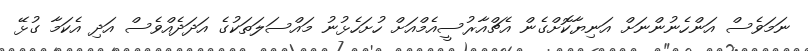
ނަމަވެސް އަންހެނުންނަށް އަނިޔާކޮށްގެން އެޗްއާރުސީއެމްއަށް ހުށަހެޅުނު މައްސަލަތަކުގެ އަދަދެއްވެސް އަދި އެކަމާ ގުޅޭ